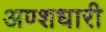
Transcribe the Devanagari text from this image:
अण्शधारी